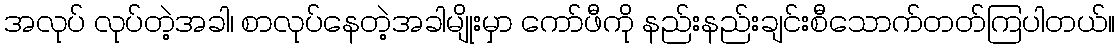
အလုပ် လုပ်တဲ့အခါ၊ စာလုပ်နေတဲ့အခါမျိုးမှာ ကော်ဖီကို နည်းနည်းချင်းစီသောက်တတ်ကြပါတယ်။